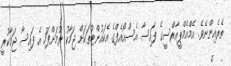
ތެރެއިންނެވެ. އެމްއެމްޕީއާރްސީގެ ފައިސާ އެސްއޯއެފްގެ އެކައުންޓުތަކަށް ޖަމާކު ރުމަށްފަހު އެ ފައިސާ ޖަމާކުރީ